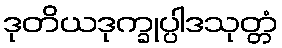
ဒုတိယဒုက္ခုပ္ပါဒသုတ္တံ